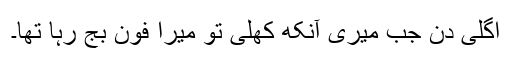
اگلی دن جب میری آنکھ کھلی تو میرا فون بج رہا تھا۔